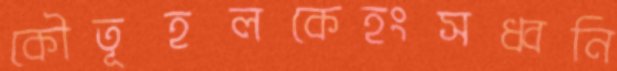
কৌতূহলকেহংসধ্বনি